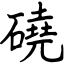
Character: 磽